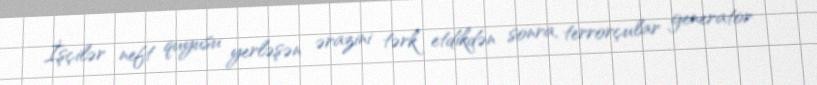
İşçilər neft quyusu yerləşən ərazini tərk etdikdən sonra, terrorçular generator